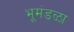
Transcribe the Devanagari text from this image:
भूमंडळा